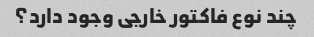
چند نوع فاکتور خارجی وجود دارد؟